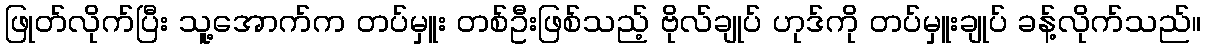
ဖြုတ်လိုက်ပြီး သူ့အောက်က တပ်မှူး တစ်ဦးဖြစ်သည့် ဗိုလ်ချုပ် ဟုဒ်ကို တပ်မှူးချုပ် ခန့်လိုက်သည်။